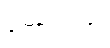
တော်ဝင်ကျဲ